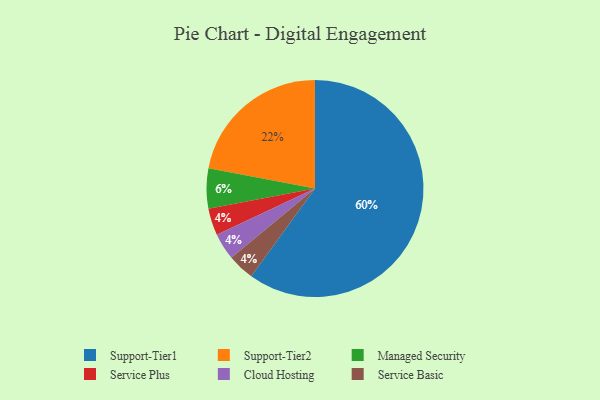
{"axis": {"x": "Category", "y": "Percentage"}, "legend": ["Cloud Hosting", "Managed Security", "Service Basic", "Service Plus", "Support-Tier1", "Support-Tier2"], "data": [{"x": "Service Plus", "y": 4, "type": "Service Plus"}, {"x": "Cloud Hosting", "y": 4, "type": "Cloud Hosting"}, {"x": "Managed Security", "y": 6, "type": "Managed Security"}, {"x": "Support-Tier2", "y": 22, "type": "Support-Tier2"}, {"x": "Support-Tier1", "y": 60, "type": "Support-Tier1"}, {"x": "Service Basic", "y": 4, "type": "Service Basic"}]}